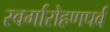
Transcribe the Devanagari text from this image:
स्वर्गारोहणपर्व